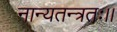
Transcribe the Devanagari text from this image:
नान्यतन्त्रतः।।